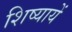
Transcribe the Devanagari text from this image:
शिष्यायें